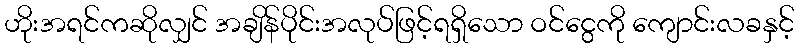
ဟိုးအရင်ကဆိုလျှင် အချိန်ပိုင်းအလုပ်ဖြင့်ရရှိသော ဝင်ငွေကို ကျောင်းလခနှင့်